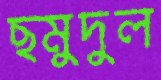
ছমুদুল